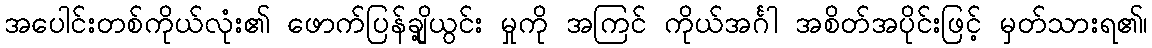
အပေါင်းတစ်ကိုယ်လုံး၏ ဖောက်ပြန်ချို့ယွင်း မှုကို အကြင် ကိုယ်အင်္ဂါ အစိတ်အပိုင်းဖြင့် မှတ်သားရ၏၊